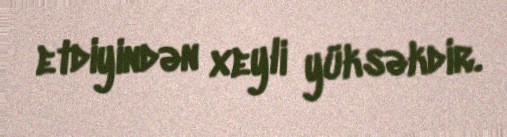
etdiyindən xeyli yüksəkdir.